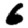
Digit: 6